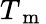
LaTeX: T_{\mathrm{~m~}}